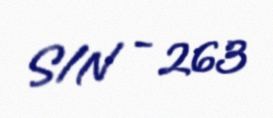
S/N - 263